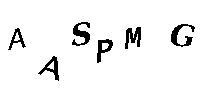
AASPMG